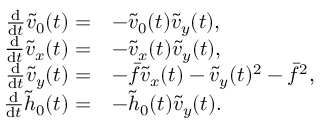
\begin{array} { r l } { \frac { \mathrm { d } } { \mathrm { d } t } \tilde { v } _ { 0 } ( t ) = } & { - \tilde { v } _ { 0 } ( t ) \tilde { v } _ { y } ( t ) , } \\ { \frac { \mathrm { d } } { \mathrm { d } t } \tilde { v } _ { x } ( t ) = } & { - \tilde { v } _ { x } ( t ) \tilde { v } _ { y } ( t ) , } \\ { \frac { \mathrm { d } } { \mathrm { d } t } \tilde { v } _ { y } ( t ) = } & { - \bar { f } \tilde { v } _ { x } ( t ) - \tilde { v } _ { y } ( t ) ^ { 2 } - \bar { f } ^ { 2 } , } \\ { \frac { \mathrm { d } } { \mathrm { d } t } \tilde { h } _ { 0 } ( t ) = } & { - \tilde { h } _ { 0 } ( t ) \tilde { v } _ { y } ( t ) . } \end{array}